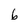
Character: b